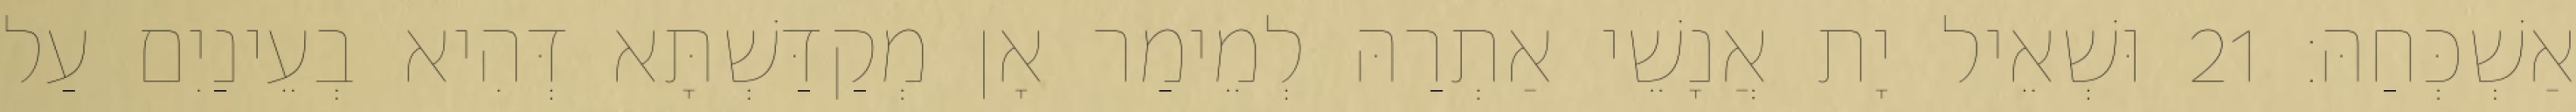
אַשְׁכְּחַהּ׃ 21 וּשְׁאֵיל יָת אֲנָשֵׁי אַתְרַהּ לְמֵימַר אָן מְקַדַּשְׁתָּא דְּהִיא בְעֵינַיִם עַל